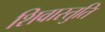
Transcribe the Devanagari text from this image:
शिवास्तुति